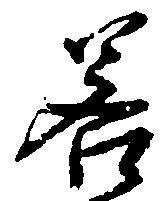
若